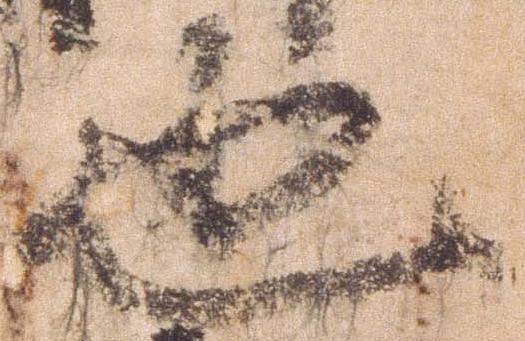
也